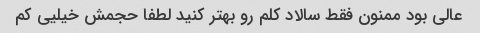
عالی بود ممنون فقط سالاد کلم رو بهتر کنید لطفا حجمش خیلیی کم